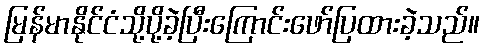
မြန်မာနိုင်ငံသို့ပို့ခဲ့ပြီးကြောင်းဖော်ပြထားခဲ့သည်။